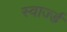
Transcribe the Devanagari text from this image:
स्वार्ज्ड